Annual report of the Punjab Veterinary College and of the Civil Veterinary Department, Punjab - 1926-1932
Year: 1926
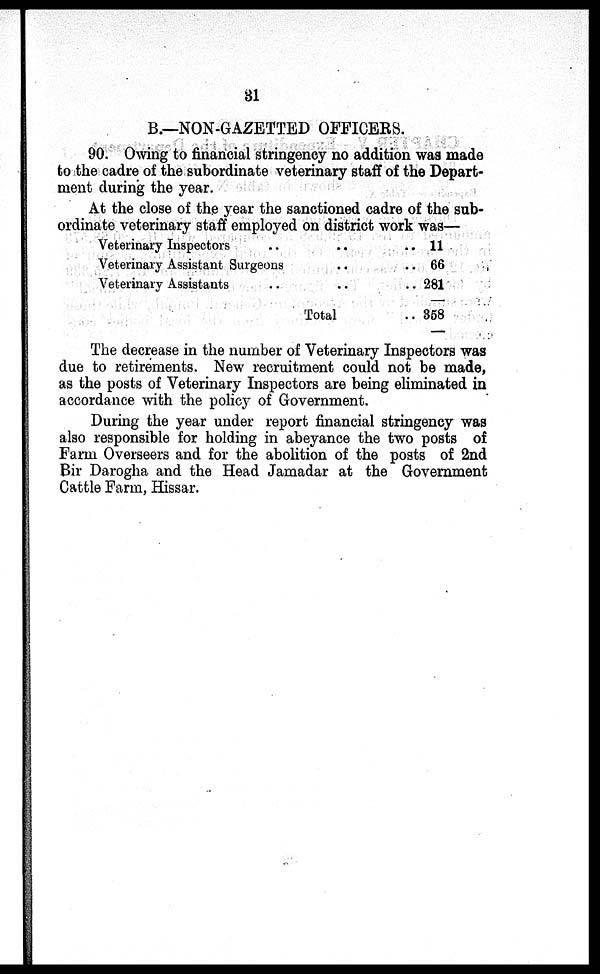
31
B.—NON-GAZETTED OFFICERS.
90. Owing to financial stringency no addition was made
to the cadre of the subordinate veterinary staff of the Depart-
ment during the year.
At the close of the year the sanctioned cadre of the sub-
ordinate veterinary staff employed on district work was—
Veterinary Inspectors
..
..
..
Veterinary Assistant Surgeons .. ..
Veterinary Assistants
..
..
..
Total ..
11
66
281
358
The decrease in the number of Veterinary Inspectors was
due to retirements. New recruitment could not be made,
as the posts of Veterinary Inspectors are being eliminated in
accordance with the policy of Government.
During the year under report financial stringency was
also responsible for holding in abeyance the two posts of
Farm Overseers and for the abolition of the posts of 2nd
Bir Darogha and the Head Jamadar at the Government
Cattle Farm, Hissar.